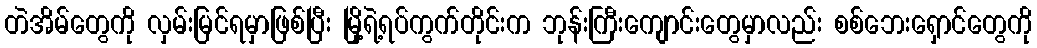
တဲအိမ်တွေကို လှမ်းမြင်ရမှာဖြစ်ပြီး မြို့ရဲ့ရပ်ကွက်တိုင်းက ဘုန်းကြီးကျောင်းတွေမှာလည်း စစ်ဘေးရှောင်တွေကို